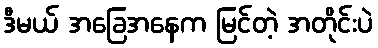
ဒီမယ် အခြေအနေက မြင်တဲ့ အတိုင်းပဲ